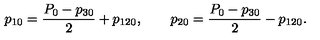
p _ { 1 0 } = { \frac { P _ { 0 } - p _ { 3 0 } } { 2 } } + p _ { 1 2 0 } , \qquad p _ { 2 0 } = { \frac { P _ { 0 } - p _ { 3 0 } } { 2 } } - p _ { 1 2 0 } .